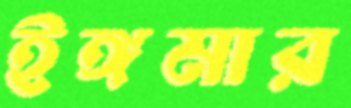
ইঙ্গমার